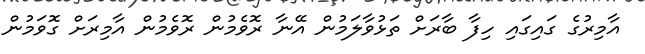
އާމިރުގެ ގައިގައި ހިފާ ބާރަށް ތަޅުވާލަމުން އޭނާ ރޮވެމުން ރޮވެމުން އާމިރަށް ގޮވަމުން